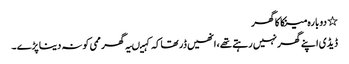
٭ دو بارہ مینکا کا گھر
ڈیڈی اپنے گھر نہیں رہتے تھے، انھیں ڈر تھاکہ کہیںیہ گھر ممی کو نہ دینا پڑے ۔